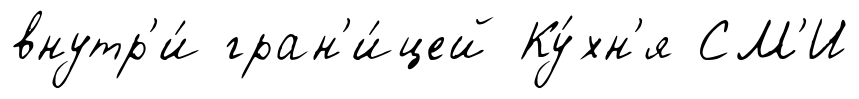
внутр'и́ гран'и́цей Ку́хн'я СМ'И